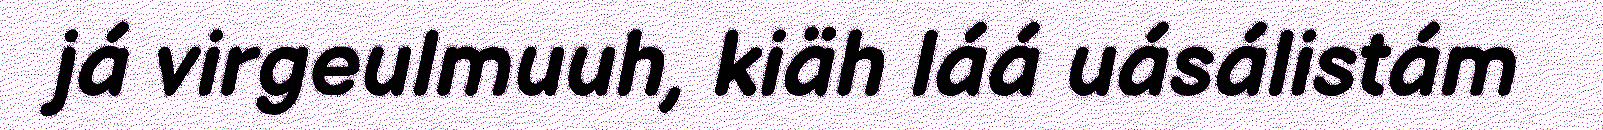
já virgeulmuuh, kiäh láá uásálistám